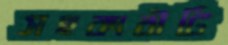
সহকারীটি